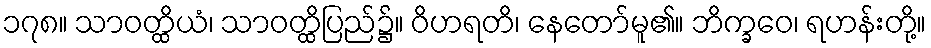
၁၇၈။ သာဝတ္ထိယံ၊ သာဝတ္ထိပြည်၌။ ဝိဟရတိ၊ နေတော်မူ၏။ ဘိက္ခဝေ၊ ရဟန်းတို့။